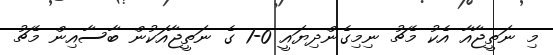
މި ނަތީޖާއާ އެކު މެޗު ނިމިގެންދިޔައީ 0-1 ގެ ނަތީޖާއަކުން ބާސާއިން މެޗު